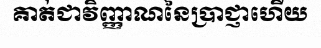
គាត់ជាវិញ្ញាណនៃប្រាជ្ញាហើយ